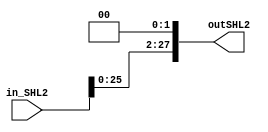
module shl2_28(input [27:0] in_SHL2, output [27:0] outSHL2);
    assign outSHL2 = in_SHL2<<2;
endmodule

module shl2_32(input [31:0] in_SHL2, output [31:0] outSHL2);
    assign outSHL2 = in_SHL2<<2;
endmodule